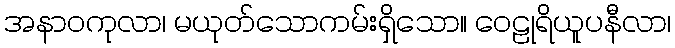
အနာဝကုလာ၊ မယုတ်သောကမ်းရှိသော။ ဝေဠုရိယူပနီလာ၊